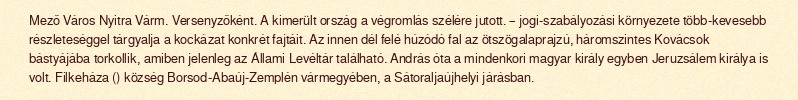
Mező Város Nyitra Várm. Versenyzőként. A kimerült ország a végromlás szélére jutott. – jogi-szabályozási környezete több-kevesebb részleteséggel tárgyalja a kockázat konkrét fajtáit. Az innen dél felé húzódó fal az ötszögalaprajzú, háromszintes Kovácsok bástyájába torkollik, amiben jelenleg az Állami Levéltár található. András óta a mindenkori magyar király egyben Jeruzsálem királya is volt. Filkeháza () község Borsod-Abaúj-Zemplén vármegyében, a Sátoraljaújhelyi járásban.